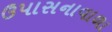
ઉપાસનાવાળા